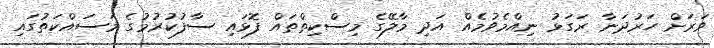
ވަރަށް ހަރުދަނާ ރަގަޅު ނިއްމެވުމެއް އަދި މާލޭގެ މިސްކިތްތައް ފޮޅައި ސާފުކުރުމުގެ މަސައްކަތުގައި